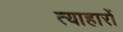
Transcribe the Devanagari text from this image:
त्याहारों